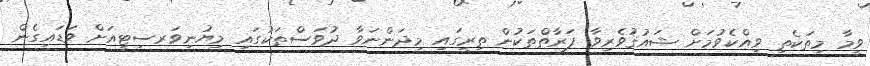
ވީމާ މިތަކެތި ވިއްކެވުމަށް ޝައުޤުވެރިވާ ފަރާތްތަކުން ތިރީގައި މިދަންނަވާ ދުވަސްތަކުގައި މިޔުނިވަރސިޓީއަށް ވަޑައިގެން